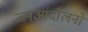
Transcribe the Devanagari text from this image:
जनआंदोलनों